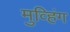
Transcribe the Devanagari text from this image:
मुव्हिंग